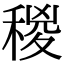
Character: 稯